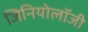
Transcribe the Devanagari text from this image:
जिनियोलॉजी